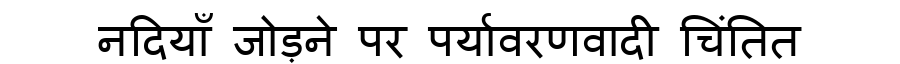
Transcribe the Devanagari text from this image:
नदियाँ जोड़ने पर पर्यावरणवादी चिंतित